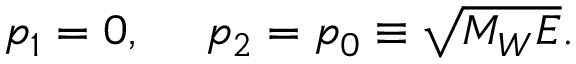
p _ { 1 } = 0 , \ \ \ \ p _ { 2 } = p _ { 0 } \equiv \sqrt { M _ { W } E } .